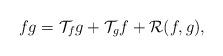
LaTeX: \begin{align*} fg=\mathcal{T}_fg+\mathcal{T}_gf+\mathcal{R}(f,g),\end{align*}